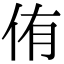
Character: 侑